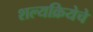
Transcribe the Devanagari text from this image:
शल्यक्रियेचे